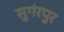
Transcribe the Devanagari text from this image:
सुगंरपुर